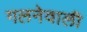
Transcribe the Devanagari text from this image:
गलनेवाली